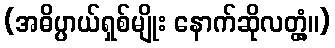
(အဓိပ္ပာယ်ရှစ်မျိုး နောက်ဆိုလတ္တံ့။)